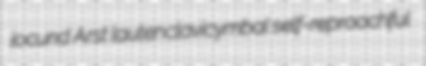
jocund Arst lautenclavicymbal self-reproachful